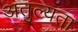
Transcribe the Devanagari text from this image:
अतुल्यता